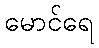
မောင်ရေ